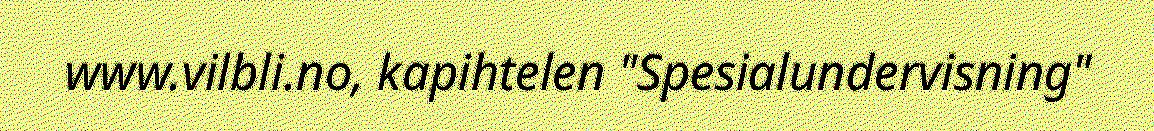
www.vilbli.no, kapihtelen "Spesialundervisning"